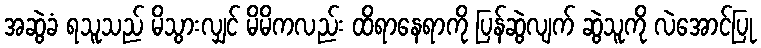
အဆွဲခံ ရသူသည် မိသွားလျှင် မိမိကလည်း ထိရာနေရာကို ပြန်ဆွဲလျက် ဆွဲသူကို လဲအောင်ပြု